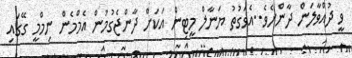
ވީ ދުއްވާލަން ދާންށެވެ..އެވަގުތު ޔަނާލް މީޓިން އަކަށް ދާންޖެގުމުން އެމްމެން ނިމްމީ ގޭގައި